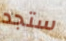
ستجد